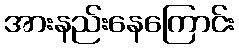
အားနည်းနေကြောင်း